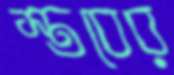
স্তবের